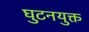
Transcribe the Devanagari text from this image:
घुटनयुक्त